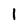
Character: i